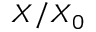
X / X _ { 0 }